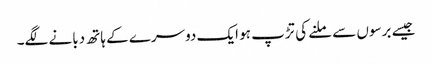
جیسے برسوں سے ملنے کی تڑپ ہو ایک دوسرے کے ہاتھ دبانے لگے۔